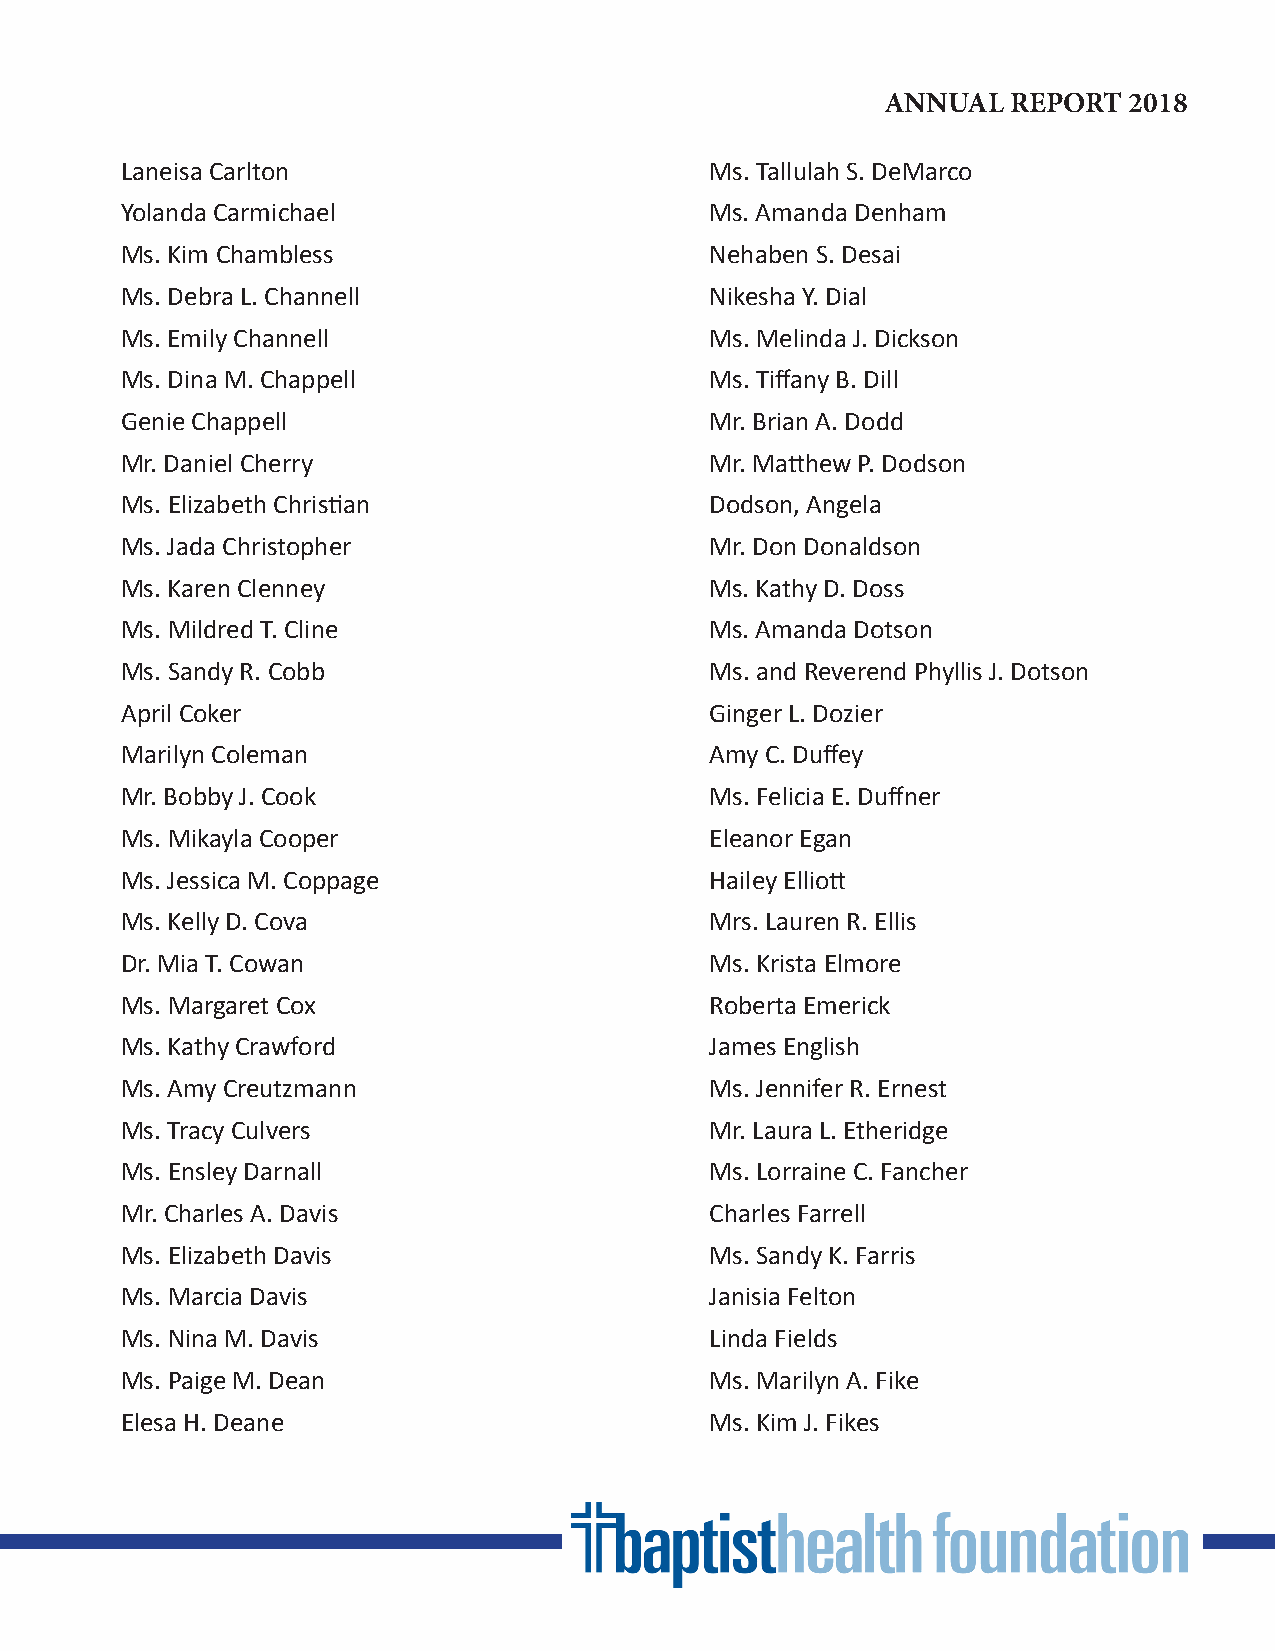
ANNUAL  REPORT  2018
 Laneisa Carlton                        Ms. Tallulah S. DeMarco
 Yolanda Carmichael                     Ms. Amanda Denham
 Ms. Kim Chambless                      Nehaben S. Desai
 Ms. Debra L. Channell                  Nikesha Y. Dial
 Ms. Emily Channell                     Ms. Melinda J. Dickson
 Ms. Dina M. Chappell                   Ms. Tiffany B. Dill
 Genie Chappell                         Mr. Brian A. Dodd
 Mr. Daniel Cherry                      Mr. Matthew P. Dodson
 Ms. Elizabeth Christian                Dodson, Angela
 Ms. Jada Christopher                   Mr. Don Donaldson
 Ms. Karen Clenney                      Ms. Kathy D. Doss
 Ms. Mildred T. Cline                   Ms. Amanda Dotson
 Ms. Sandy R. Cobb                      Ms. and Reverend Phyllis J. Dotson
 April Coker                            Ginger L. Dozier
 Marilyn Coleman                        Amy C. Duffey
 Mr. Bobby J. Cook                      Ms. Felicia E. Duffner
 Ms. Mikayla Cooper                     Eleanor Egan
 Ms. Jessica M. Coppage                 Hailey Elliott
 Ms. Kelly D. Cova                      Mrs. Lauren R. Ellis
 Dr. Mia T. Cowan                       Ms. Krista Elmore
 Ms. Margaret Cox                       Roberta Emerick
 Ms. Kathy Crawford                     James English
 Ms. Amy Creutzmann                     Ms. Jennifer R. Ernest
 Ms. Tracy Culvers                      Mr. Laura L. Etheridge
 Ms. Ensley Darnall                     Ms. Lorraine C. Fancher
 Mr. Charles A. Davis                   Charles Farrell
 Ms. Elizabeth Davis                    Ms. Sandy K. Farris
 Ms. Marcia Davis                       Janisia Felton
 Ms. Nina M. Davis                      Linda Fields
 Ms. Paige M. Dean                      Ms. Marilyn A. Fike
 Elesa H. Deane                         Ms. Kim J. Fikes